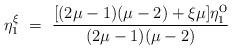
LaTeX: \begin{align*}\eta^\xi_1 ~=~ \frac{[(2\mu-1)(\mu-2)+\xi\mu]\eta^{\mbox{o}}_1}{(2\mu-1)(\mu-2)}\end{align*}